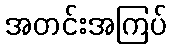
အတင်းအကြပ်